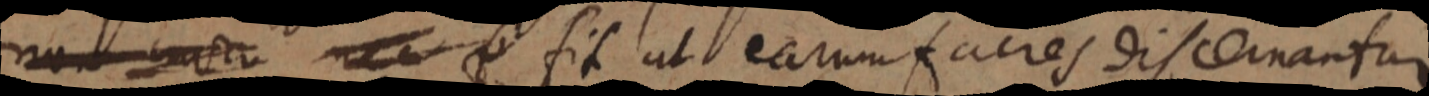
non contra f fit ut earum facies discernantur